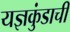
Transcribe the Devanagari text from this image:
यज्ञकुंडाची